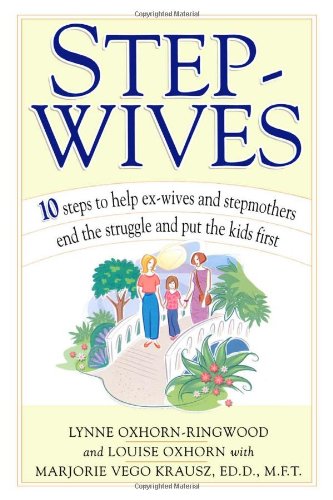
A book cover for Stepwives: Ten Steps to Help Ex-Wives and Step-Mothers End the Struggle and Put the Kids First; Louise Oxhorn; Parenting & Relationships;